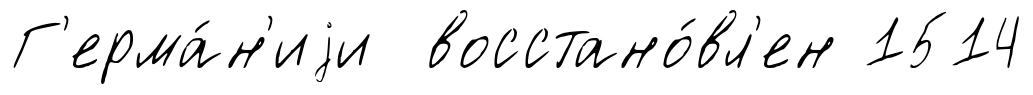
Г'ерма́н'иjи восстано́вл'ен 1514